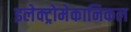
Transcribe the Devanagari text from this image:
इलेक्ट्रोमेकानिकल